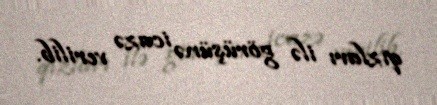
qızları ilə görüşünə icazə verilib.